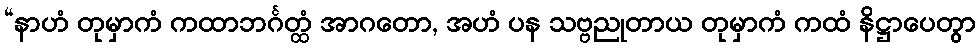
“နာဟံ တုမှာကံ ကထာဘင်္ဂတ္ထံ အာဂတော, အဟံ ပန သဗ္ဗညုတာယ တုမှာကံ ကထံ နိဋ္ဌာပေတွာ